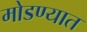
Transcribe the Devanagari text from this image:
मोडण्यात